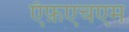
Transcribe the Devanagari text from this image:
ऍफ़एचएम